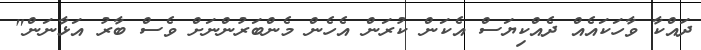
ދައްކާ ވާހަކައެއް ދެއްކިޔަސް އެކަން ކުރަން އެހެން މެންބަރުންނަށް ވެސް ބާރު އަޅާނަން"